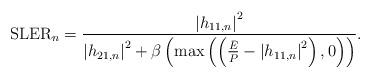
LaTeX: \begin{align*}{\mbox{SLER}}_n=\frac{{\vert{}{h}_{11,n}\vert{}}^2}{{\vert{}{h}_{21,n}\vert{}}^2+\beta{}\left(\max\left(\left(\frac{\bar{E}}{P}-{\vert{}{h}_{11,n}\vert{}}^2\right),0\right)\right)}.\end{align*}